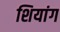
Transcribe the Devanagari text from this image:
शियांग